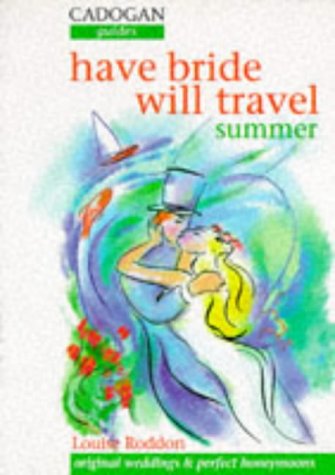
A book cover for Perfect Honeymoons and Original Weddings: Summer (Cadogan Guides); Louise Roddon; Crafts, Hobbies & Home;